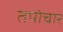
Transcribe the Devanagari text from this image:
तपोचार